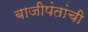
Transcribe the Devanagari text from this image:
बाजीपंतांची